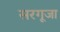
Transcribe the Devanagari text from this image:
सरगूजा